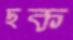
ছক